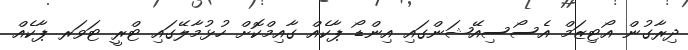
ދިރާގުން އޯޓިޒަމް އެސޯސިއޭޝަންގައި އިންޑޯ ޕާކެއް ގާއިމްކޮށް ހުޅުމާލޭގައި ޓްރީ ޓަވަރ ޕާކެއް